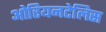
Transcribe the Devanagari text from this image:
ओरियनटेलिस